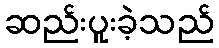
ဆည်းပူးခဲ့သည်